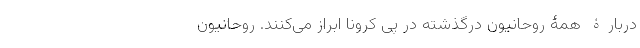
دربارۀ همۀ روحانیونِ درگذشته در پی کرونا ابراز می‌کنند. روحانیونَ